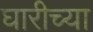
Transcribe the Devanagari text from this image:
घारीच्या